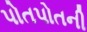
પોતપોતની